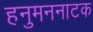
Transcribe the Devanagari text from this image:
हनुमननाटक